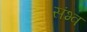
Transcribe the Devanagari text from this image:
संभ्व